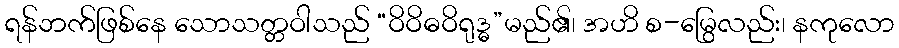
ရန်ဘက်ဖြစ်နေ သောသတ္တဝါသည် “ဝိဝိဓဝိရုဒ္ဓ”မည်၏၊ အဟိ စ-မြွေလည်း၊ နကုလော